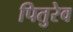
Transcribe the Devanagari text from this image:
पितुरेव